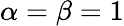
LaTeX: \alpha=\beta=1